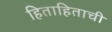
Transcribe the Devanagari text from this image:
हिताहिताची